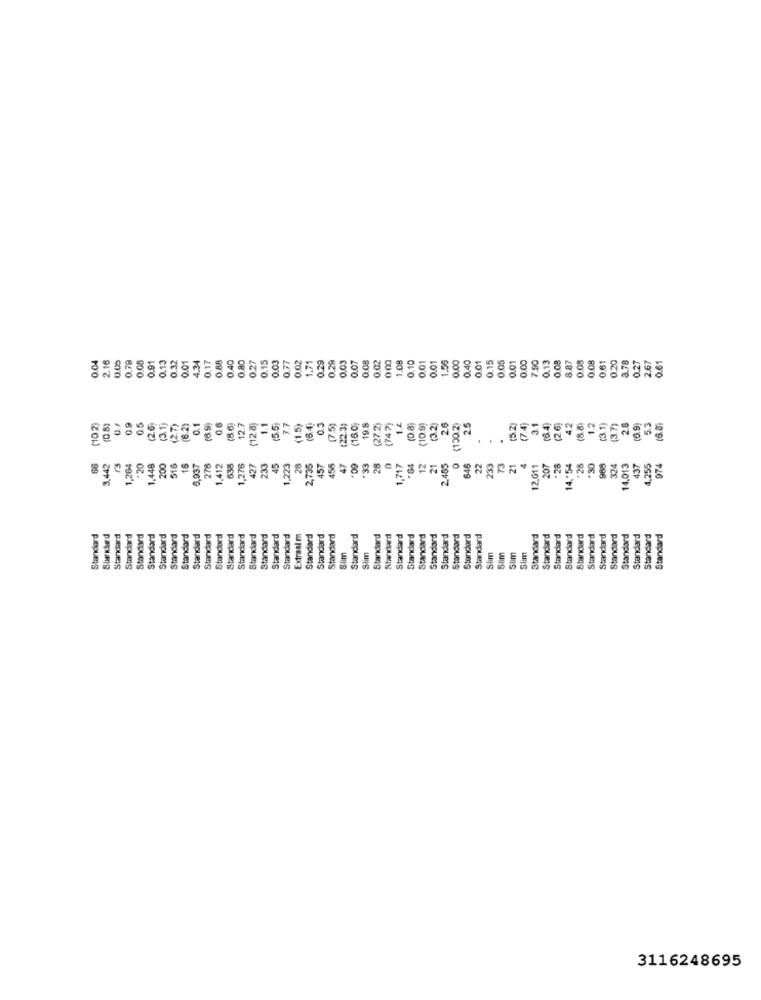
0.05
0.08
0.91
0.13
0.32
0.01
4.34
0.17
0.88
0.40
0.80
0.27
0.15
0.03
0.77
0.02
1.71
0.29
0 29
0.03
0.07
0.08
0.02
1.08
0.10
0.01
0.01
1.56
0.00
0.01
0.15
0.05
0.01
0.00
0.08
8.87
0.05
0.61
0.20
0.27
2.67
0.61
0.04
2.16
0.78
0.40
7.90
0.13
0.05
3.78
5.4
(10.2)
(0.8)
0.5
(2.6.
3.11
(2.7)
(6.2)
0.1
(6.9)
0.6
12.7
(12.8)
1.1
5.5
7.7
(1.5)
(6.4.
0.3
(7.5)
22.31
(16.0;
19.8
(27.2)
747)
1.4
(10.9)
(3.2)
2.6
(130.2)
2.5
(7.4)
3.1
(2.6)
1.2
(3.1)
(3.7)
2.6
(6.9]
5.3
28
12
0
.30
66
,442
,264
.20
1,448
200
516
16
6,937
278
1.412
638
1.276
427
233
45
1,223
28
457
456
47
.33
1,717
21
2.455
646
22
233
21
207
*28
*28
324
14,013
437
4,255
974
Standard
Standard
Standard
Standard
Standard
Standard
Standard
Standard
Standard
Standard
Standard
Standard
Standard
Standard
Standard
Standard
Standard
Extrasi m
Standard
Standard
Standard
Standard
Standard
Standard
Standard
Standard
Standard
Standard
Standard
Standard
Standard
Standard
Standard
Standard
Standard
Standard
Standard
Standard
Standard
Standard
Standard
Standard
Standard
Standard
Slim
Slim
Slim
Slim
Slim
Slim
3116248695